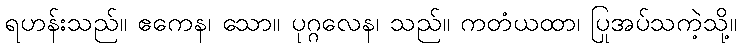
ရဟန်းသည်။ ဧကေန၊ သော။ ပုဂ္ဂလေန၊ သည်။ ကတံယထာ၊ ပြုအပ်သကဲ့သို့။